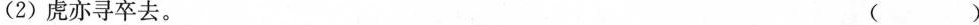
(2)烧亦寻卒去。（ ）